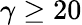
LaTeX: \gamma\geq 20